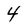
Character: 4